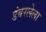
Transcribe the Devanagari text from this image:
डंबरलेला